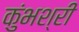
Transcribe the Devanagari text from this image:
कुंभश्री